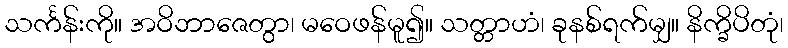
သင်္ကန်းကို။ အဝိဘာဇေတွာ၊ မဝေဖန်မူ၍။ သတ္တာဟံ၊ ခုနစ်ရက်မျှ။ နိက္ခိပိတုံ၊